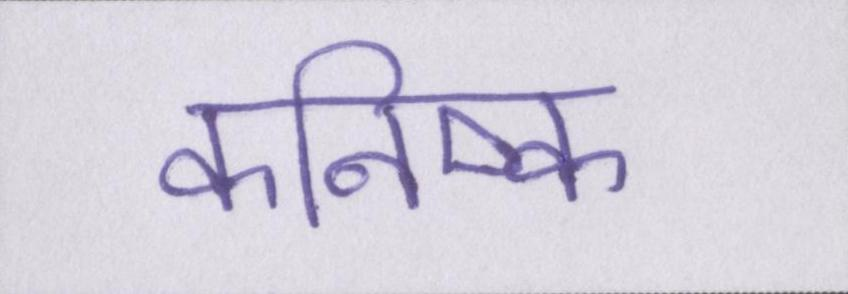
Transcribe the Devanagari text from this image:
कनिष्क